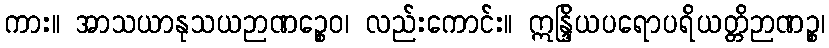
ကား။ အာသယာနုသယဉာဏဉ္စေဝ၊ လည်းကောင်း။ ဣန္ဒြိယပရောပရိယတ္တိဉာဏဉ္စ၊